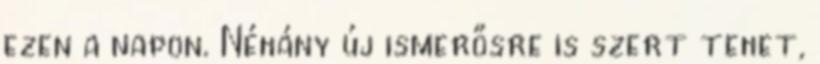
ezen a napon. Néhány új ismerősre is szert tehet,